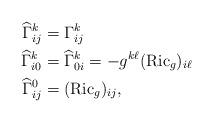
LaTeX: \begin{align*}\widehat \Gamma^k_{ij} & = \Gamma^k_{ij} \\\widehat \Gamma^k_{i0} & =\widehat \Gamma^k_{0i} = -g^{k\ell}({\rm Ric}_g)_{i\ell} \\\widehat \Gamma^0_{ij} & = ({\rm Ric}_g)_{ij},\end{align*}